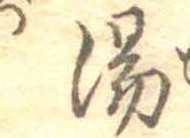
湯